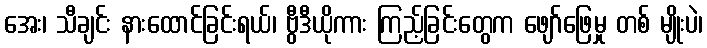
အေး၊ သီချင်း နားထောင်ခြင်းရယ်၊ ဗွီဒီယိုကား ကြည့်ခြင်းတွေက ဖျော်ဖြေမှု တစ် မျိုးပဲ၊